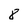
Character: 8